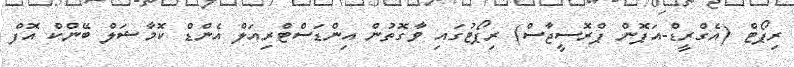
ރިޕޯޓް (އެގްރީޑް-އަޕޮން ޕްރޮސީޖާސް) ރިޕޯޓުގައި ވާގޮތުން އިންޑަސްޓްރިއަލް އެންޑް ކޮމާޝަލް ބޭންކް އޮފް